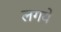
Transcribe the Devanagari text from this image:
लगये